Leningradi_Edasi_toimetus, lk 17
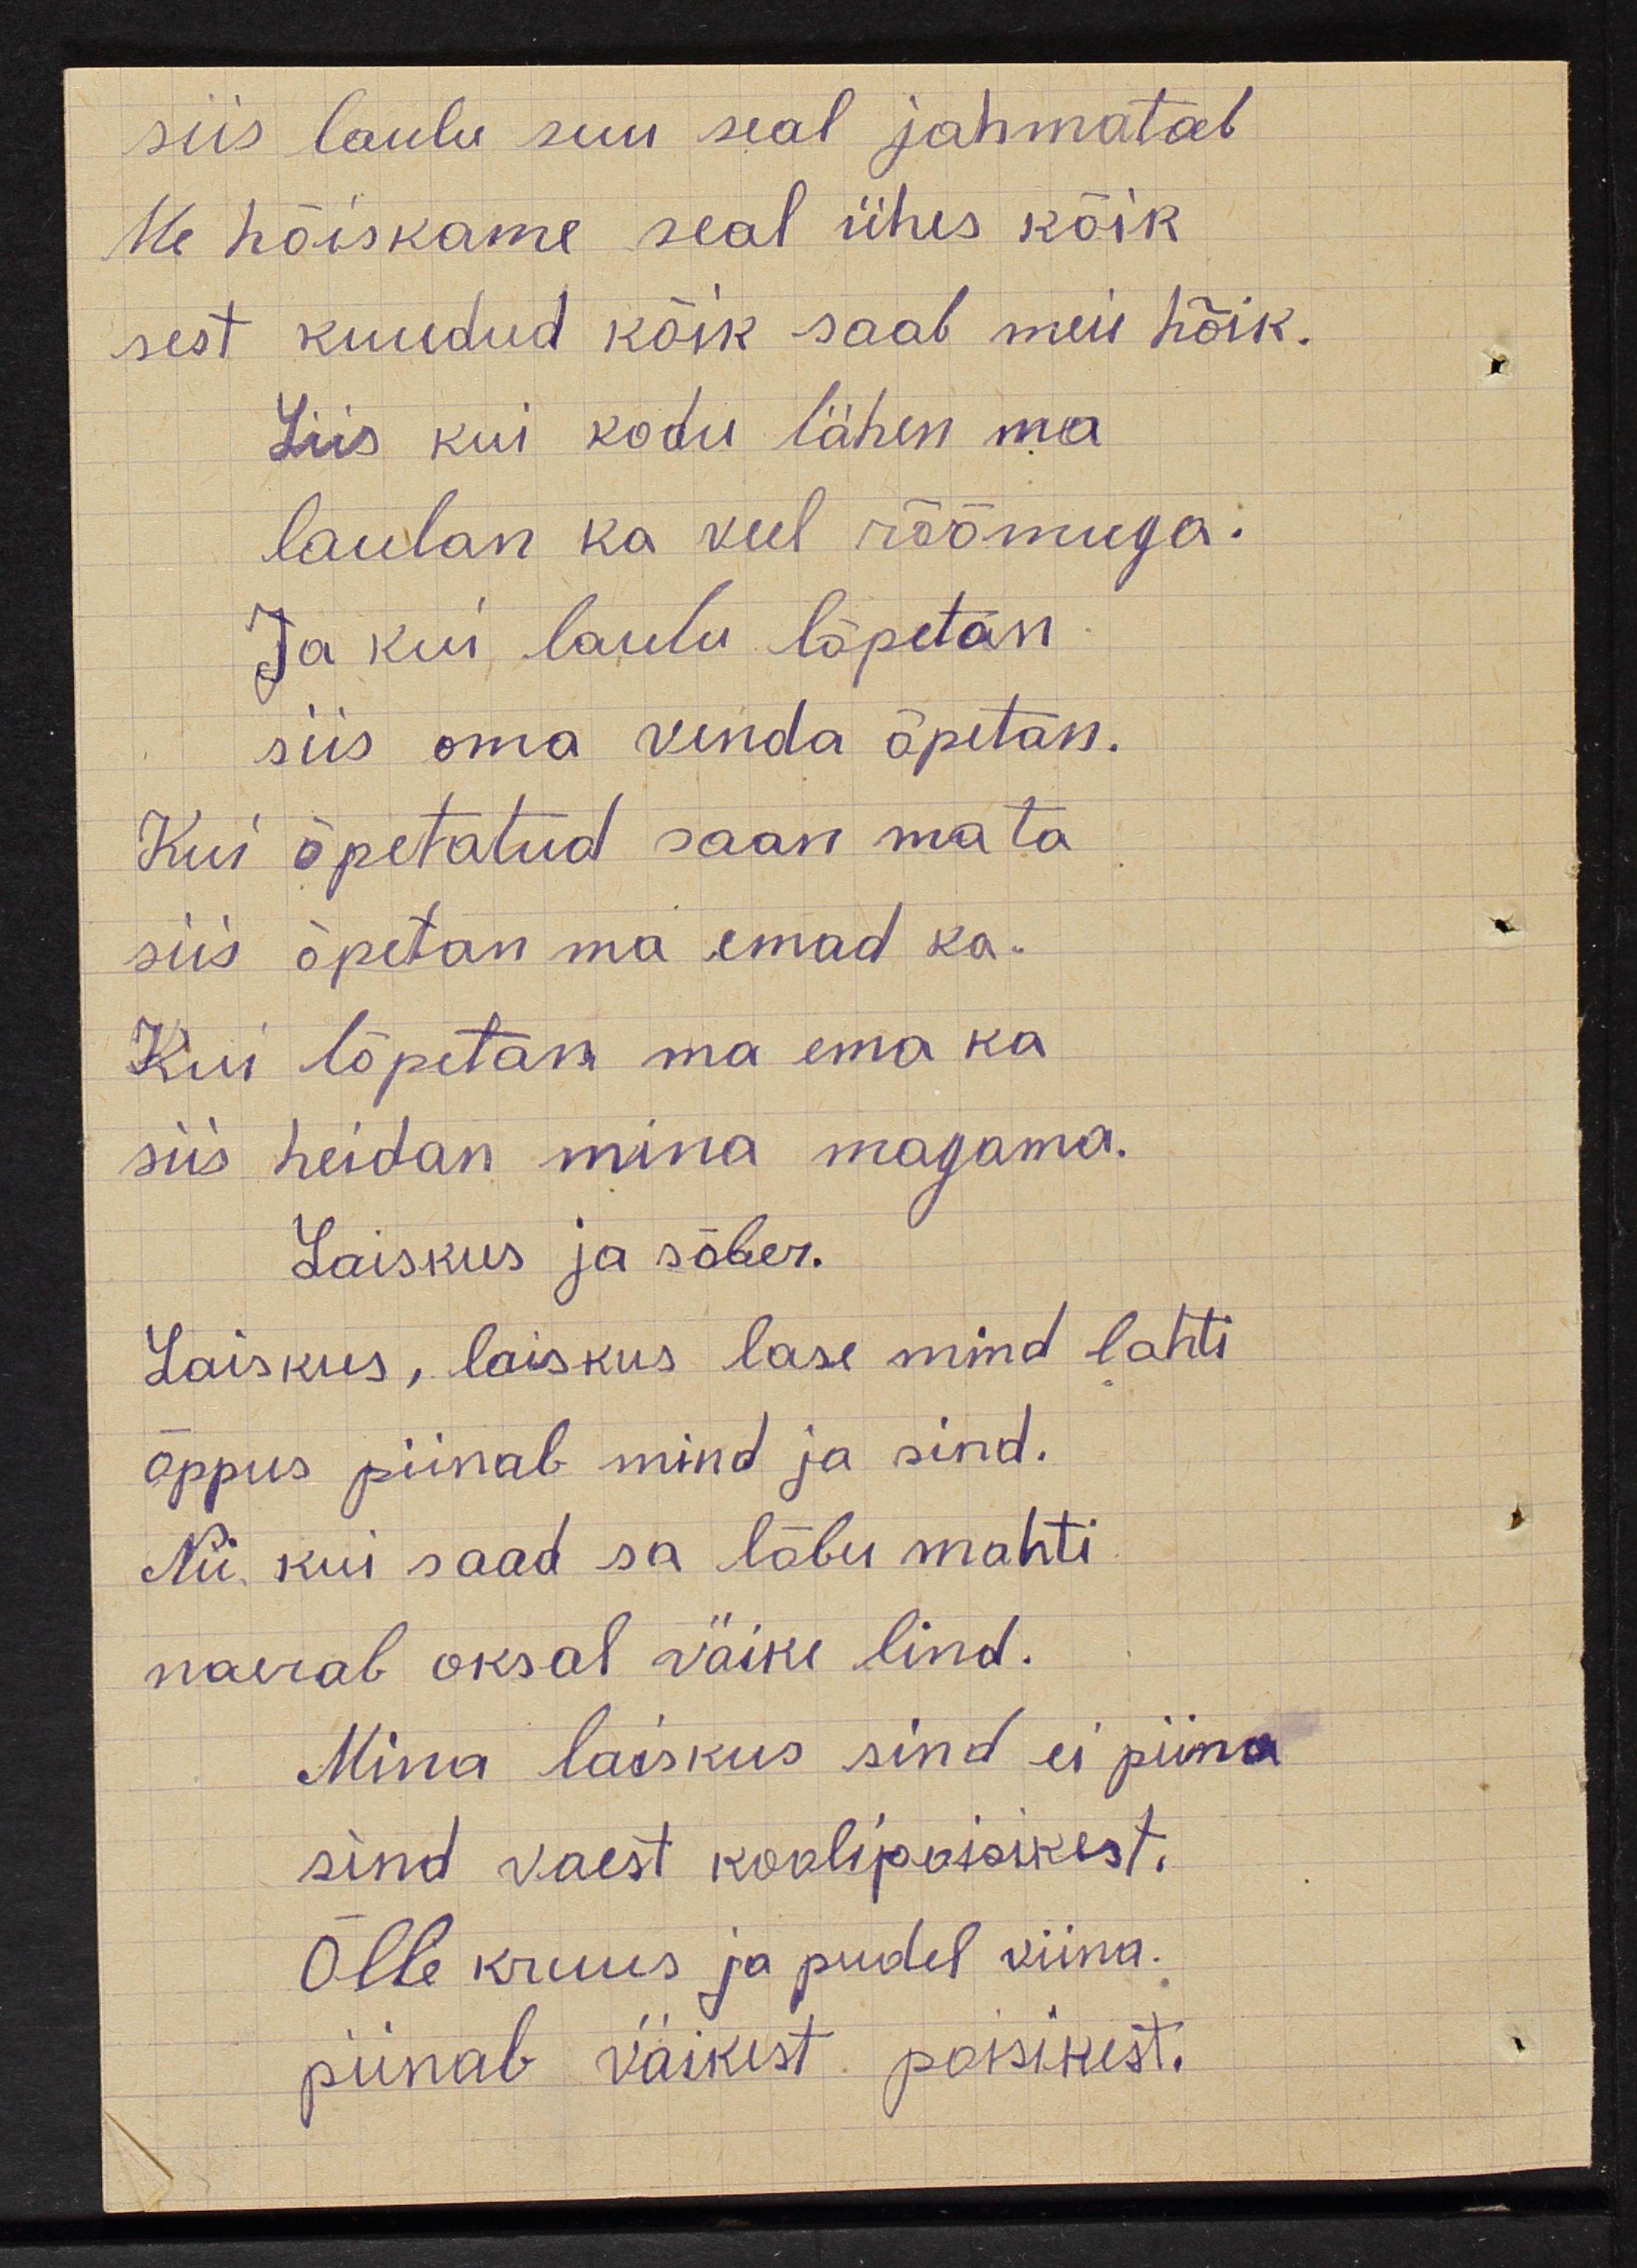
siis laulu suu seal jahmatab
Me hõiskame seal ühes kõik
sest  kuudud kõik saab meie hõik.
Siis kui  kodu lähen ma
laulan ka veel rõõmuga.
Ja kui laulu lõpetan
siis oma venda õpetan.
Kui  õpetatud saan ma ta
siis õpetan ma emad ka.
Kui  lõpetan ma ema ka
siis heidan mina magama.
Laiskus ja sõber
Laiskus, laiskus lase mind lahti
õppus piinab mind ja sind.
Nii kui saad sa lõbu mahti
naerab oksal väike lind.
Mina laiskus sind ei piina
sind vaest koolipoisikest.
Õlle kruus ja pudel viina
piinab väikest poisikest.